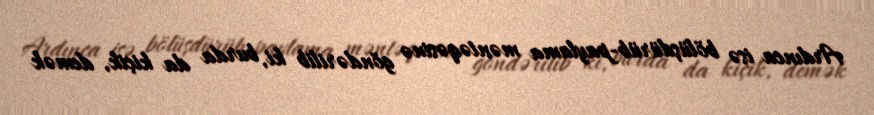
Ardınca isə bölüşdürüb-paylama məntəqəsinə göndərilib ki, burda da kiçik, demək